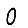
Digit: 0